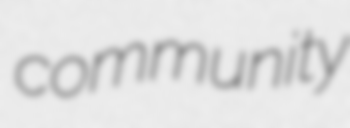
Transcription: community